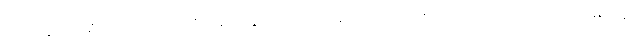
(၂) ယခုလက်ရှိဘဝ၌ အကျိုးကို ဆောင်ရွက်ပေးသောကြောင့် လည်းကောင်း၊ ဤအကြောင်း ၂-မျိုးတွင်